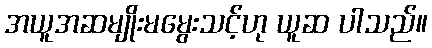
အယူအဆမျိုးမမွေးသင့်ဟု ယူဆ ပါသည်။